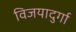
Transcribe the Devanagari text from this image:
विजयादुर्गा